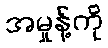
အမှုန့်ကို